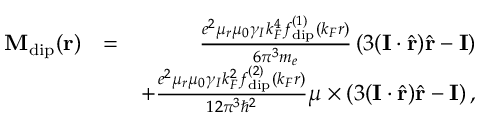
\begin{array} { r l r } { \mathbf { M } _ { \mathrm { d i p } } ( \mathbf { r } ) } & { = } & { \frac { e ^ { 2 } \mu _ { r } \mu _ { 0 } \gamma _ { I } k _ { F } ^ { 4 } f _ { \mathrm { d i p } } ^ { ( 1 ) } \left( k _ { F } r \right) } { 6 \pi ^ { 3 } m _ { e } } \left( 3 ( \mathbf { I } \cdot \hat { \mathbf { r } } ) \hat { \mathbf { r } } - \mathbf { I } \right) } \\ & { } & { + \frac { e ^ { 2 } \mu _ { r } \mu _ { 0 } \gamma _ { I } k _ { F } ^ { 2 } f _ { \mathrm { d i p } } ^ { ( 2 ) } \left( k _ { F } r \right) } { 1 2 \pi ^ { 3 } \hbar ^ { 2 } } \boldsymbol { \mu } \times \left( 3 ( \mathbf { I } \cdot \hat { \mathbf { r } } ) \hat { \mathbf { r } } - \mathbf { I } \right) , } \end{array}